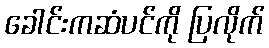
ခေါင်းကဆံပင်ကို ပြလိုက်